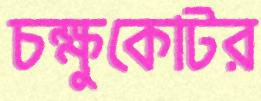
চক্ষুকোটর